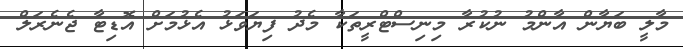
މާލީ ބަޔާން އާންމު ނުކުރާ މިނިސްޓްރީތަކާ މެދު ފިޔަވަޅު އެޅުމަށް އޮޑިޓާ ޖެނެރަލް